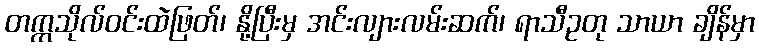
တက္ကသိုလ်ဝင်းထဲဖြတ်၊ နို့ပြီးမှ အင်းလျားလမ်းဆက်၊ ရာသီဥတု သာယာ ချိန်မှာ